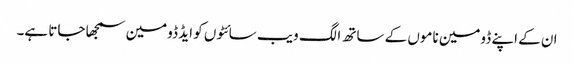
ان کے اپنے ڈومین ناموں کے ساتھ الگ ویب سائٹوں کو ایڈ ڈومین سمجھا جاتا ہے۔